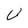
Character: U